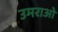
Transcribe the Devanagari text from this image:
उमराओ